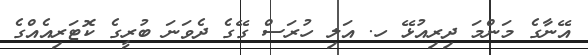
އޭނާގެ މަންމަ ދިރިއުޅޭ ހ. އަލި ހުރަސް ގޭގެ ދެވަނަ ބުރީގެ ކޮޓަރިއެއްގެ